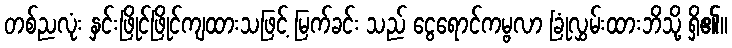
တစ်ညလုံး နှင်းဖြိုင်ဖြိုင်ကျထားသဖြင့် မြက်ခင်း သည် ငွေရောင်ကမ္ဗလာ ခြုံလွှမ်းထားဘိသို့ ရှိ၏။